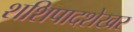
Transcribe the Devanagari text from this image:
शशिपादशेखर